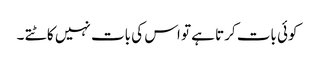
کوئی بات کرتا ہے تو اس کی بات نہیں کاٹتے ۔